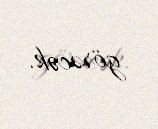
görəcək.